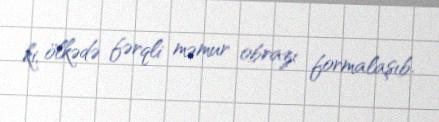
ki, ölkədə fərqli məmur obrazı formalaşıb.